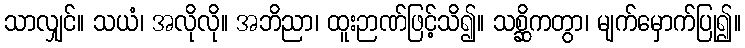
သာလျှင်။ သယံ၊ အလိုလို။ အဘိညာ၊ ထူးဉာဏ်ဖြင့်သိ၍။ သစ္ဆိကတွာ၊ မျက်မှောက်ပြု၍။